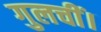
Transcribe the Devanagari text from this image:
गुलचीं।